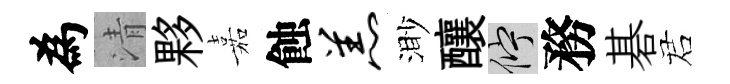
為清夥嘉蝕羔渺釀伫務碁诺